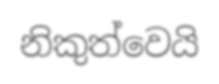
නිකුත්වෙයි